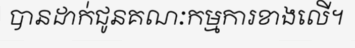
បានដាក់ជូនគណៈកម្មការខាងលើ។